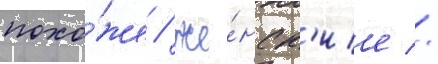
похо́же / же́нск'ие //